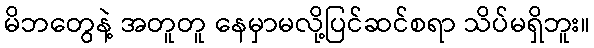
မိဘတွေနဲ့ အတူတူ နေမှာမလို့ပြင်ဆင်စရာ သိပ်မရှိဘူး။